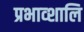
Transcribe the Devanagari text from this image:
प्रभाव्शालि